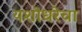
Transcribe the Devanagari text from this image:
यशोधरेचा